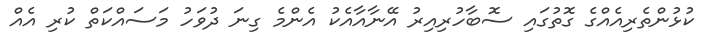
ކުޅުންތެރިއެއްގެ ގޮތުގައި ސޮބާހުރިއިރު އޭނާއާއެކު އެންމެ ގިނަ ދުވަހު މަސައްކަތް ކުރި އެއް